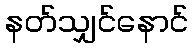
နတ်သျှင်နောင်